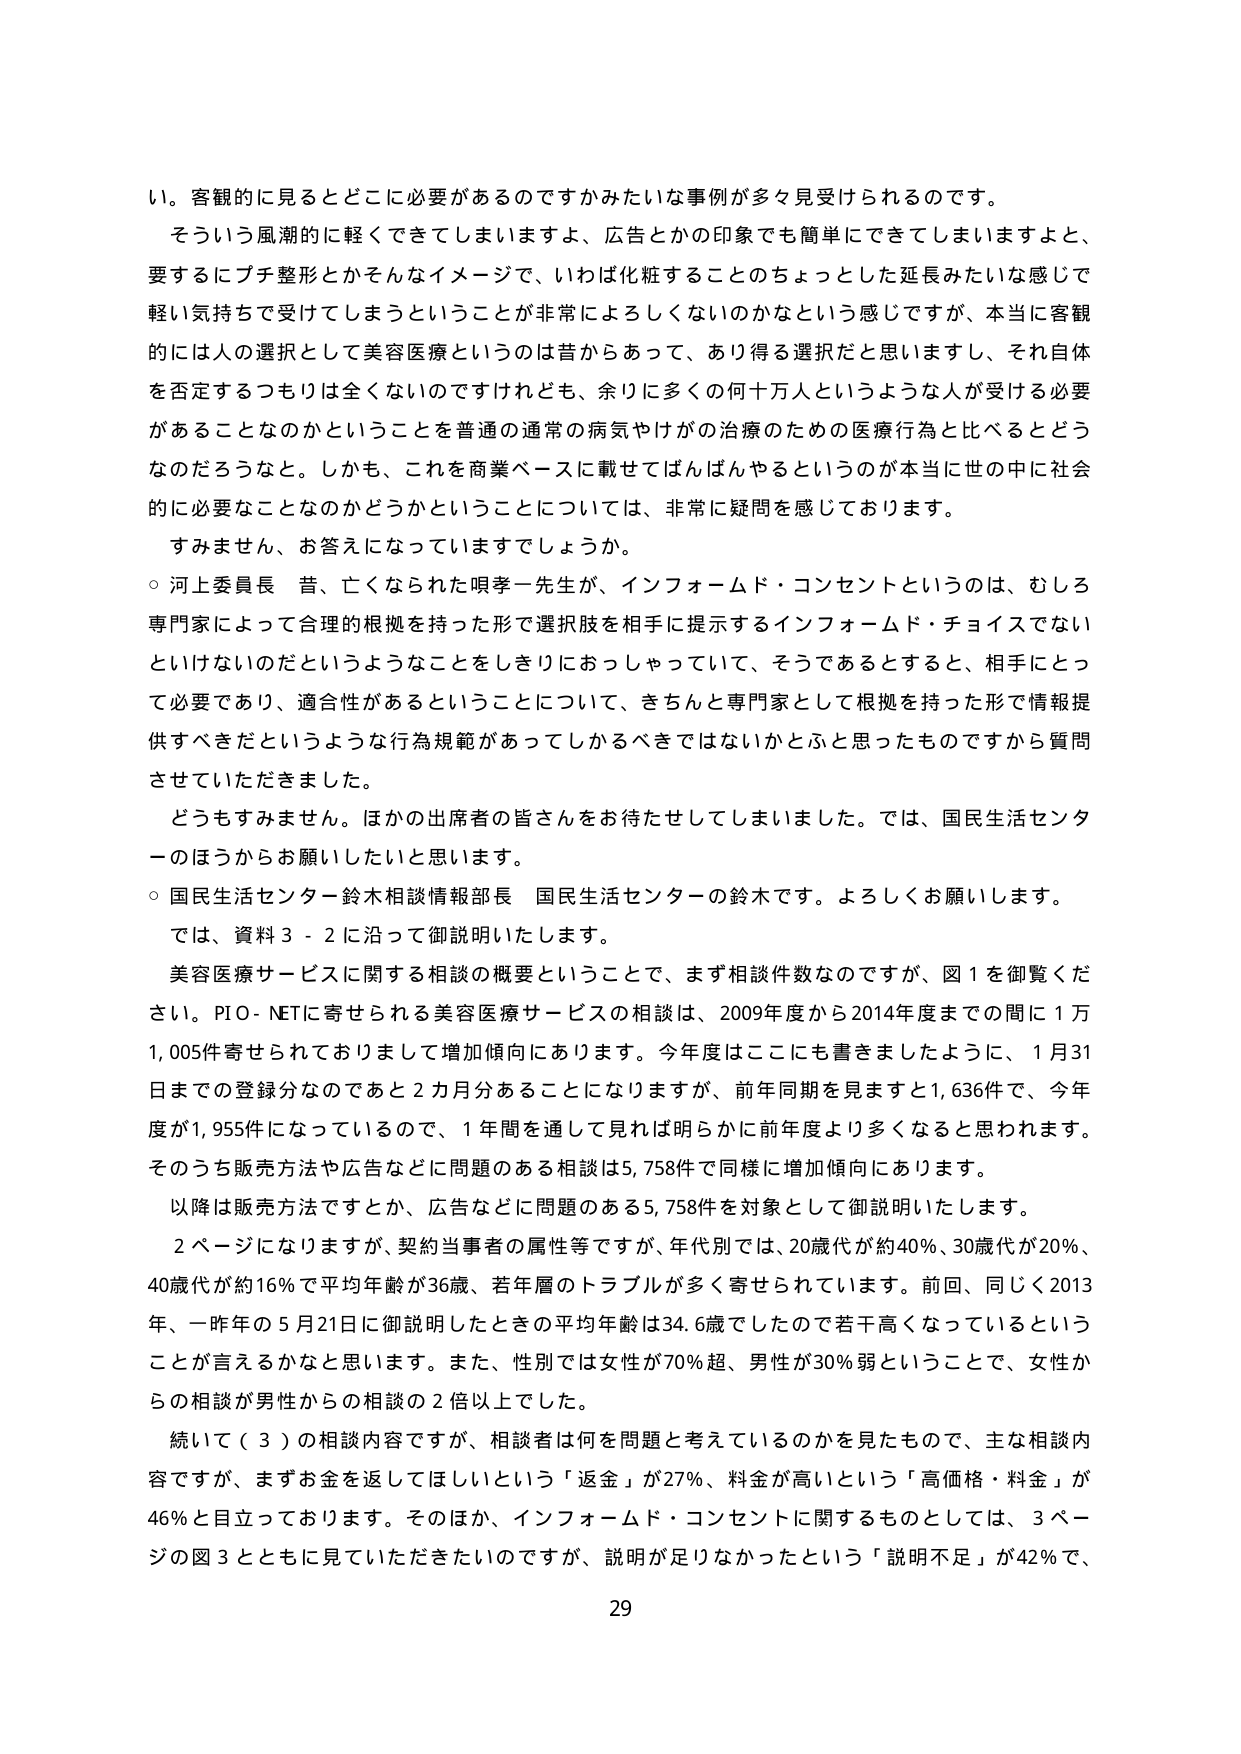
い。客観的に見るとどこに必要があるのですかみたいな事例が多々見受けられるのです。
そういう風潮的に軽くできてしまいますよ、広告とかの印象でも簡単にできてしまいますよと、
要するにプチ整形とかそんなイメージで、いわば化粧することのちょっとした延長みたいな感じで
軽い気持ちで受けてしまうということが非常によろしくないのかなという感じですが、本当に客観
的には人の選択として美容医療というのは昔からあって、あり得る選択だと思いますし、それ自体
を否定するつもりは全くないのですけれども、余りに多くの何十万人というような人が受ける必要
があることなのかということを普通の通常の病気やけがの治療のための医療行為と比べるとどう
なのだろうなと。しかも、これを商業ベースに載せてばんばんやるというのが本当に世の中に社会
的に必要なことなのかどうかということについては、非常に疑問を感じております。
すみません、お答えになっていますでしょうか。
○ 河上委員長 昔、亡くなられた唄孝一先生が、インフォームド・コンセントというのは、むしろ
専門家によって合理的根拠を持った形で選択肢を相手に提示するインフォームド・チョイスでない
といけないのだというようなことをしきりにおっしゃっていて、そうであるとすると、相手にとっ
て必要であり、適合性があるということについて、きちんと専門家として根拠を持った形で情報提
供すべきだというような行為規範があってしかるべきではないかとふと思ったものですから質問
させていただきました。
どうもすみません。ほかの出席者の皆さんをお待たせしてしまいました。では、国民生活センタ
ーのほうからお願いしたいと思います。
○ 国民生活センター鈴木相談情報部長 国民生活センターの鈴木です。よろしくお願いします。
では、資料３－２に沿って御説明いたします。
美容医療サービスに関する相談の概要ということで、まず相談件数なのですが、図１を御覧くだ
さい。PIO-NETに寄せられる美容医療サービスの相談は、2009年度から2014年度までの間に１万
1,005件寄せられておりまして増加傾向にあります。今年度はここにも書きましたように、１月31
日までの登録分なのであと２カ月分あることになりますが、前年同期を見ますと1,636件で、今年
度が1,955件になっているので、１年間を通じて見れば明らかに前年度より多くなると思われます。
そのうち販売方法や広告などに問題のある相談は5,758件で同様に増加傾向にあります。
以降は販売方法ですとか、広告などに問題のある5,758件を対象として御説明いたします。
２ページになりますが、契約当事者の属性等ですが、年代別では、20歳代が約40％、30歳代が20％、
40歳代が約16％で平均年齢が36歳、若年層のトラブルが多く寄せられています。前回、同じく2013
年、一昨年の５月21日に御説明したときの平均年齢は34.6歳でしたので若干高くなっているという
ことが言えるかなと思います。また、性別では女性が70％超、男性が30％弱ということで、女性か
らの相談が男性からの相談の２倍以上でした。
続いて（３）の相談内容ですが、相談者は何を問題と考えているのかを見たもので、主な相談内
容ですが、まずお金を返してほしいという「返金」が27％、料金が高いという「高価格・料金」が
46％と目立っております。そのほか、インフォームド・コンセントに関するものとしては、３ペー
ジの図３とともに見ていただきたいのですが、説明が足りなかったという「説明不足」が42％で、
29